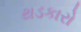
થડકારો